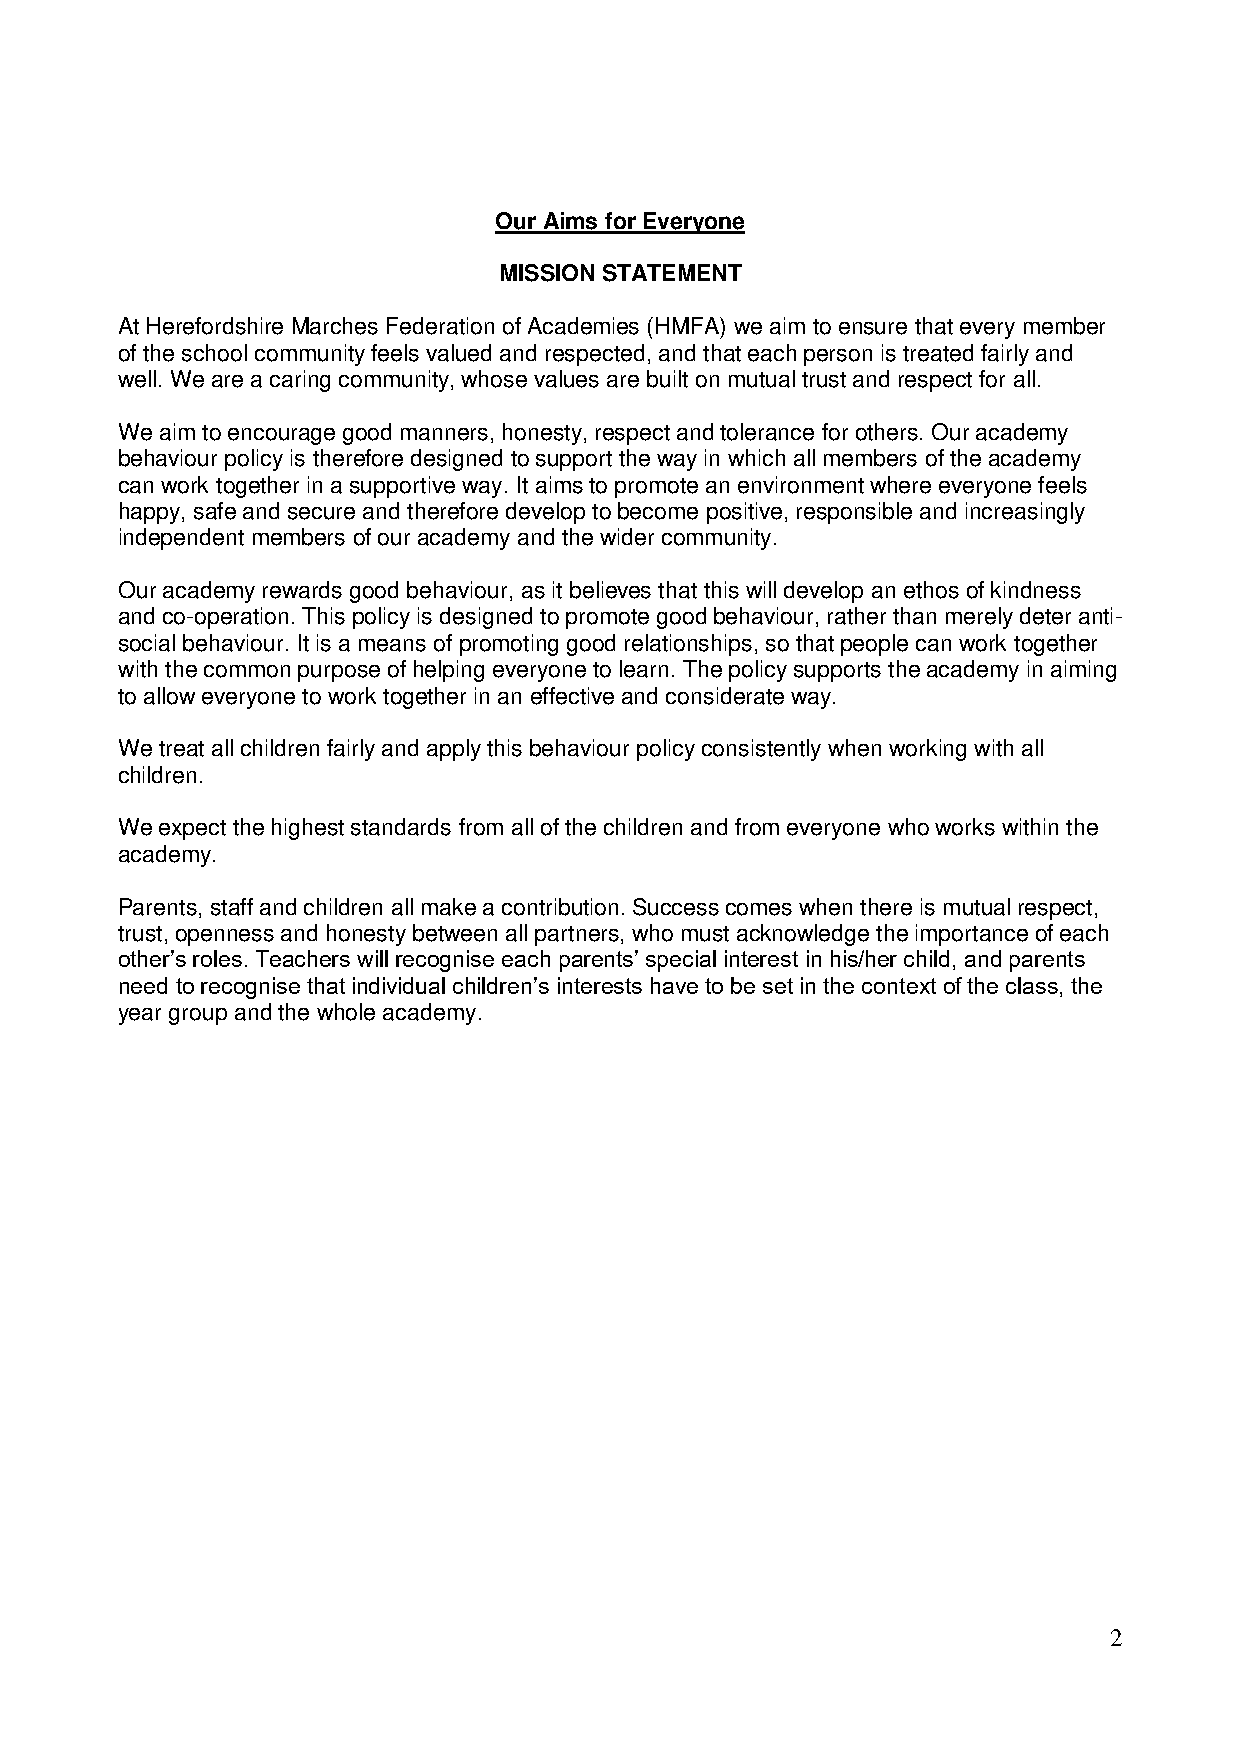
Our Aims for Everyone
 MISSION STATEMENT
 At Herefordshire Marches Federation of Academies (HMFA) we aim to ensure that every member
 of the school community feels valued and respected, and that each person is treated fairly and
 well. We are a caring community, whose values are built on mutual trust and respect for all.
 We aim to encourage good manners, honesty, respect and tolerance for others. Our academy
 behaviour policy is therefore designed to support the way in which all members of the academy
 can work together in a supportive way. It aims to promote an environment where everyone feels
 happy, safe and secure and therefore develop to become positive, responsible and increasingly
 independent members of our academy and the wider community.
 Our academy rewards good behaviour, as it believes that this will develop an ethos of kindness
 and co-operation. This policy is designed to promote good behaviour, rather than merely deter anti-
 social behaviour. It is a means of promoting good relationships, so that people can work together
 with the common purpose of helping everyone to learn. The policy supports the academy in aiming
 to allow everyone to work together in an effective and considerate way.
 We treat all children fairly and apply this behaviour policy consistently when working with all
 children.
 We expect the highest standards from all of the children and from everyone who works within the
 academy.
 Parents, staff and children all make a contribution. Success comes when there is mutual respect,
 trust, openness and honesty between all partners, who must acknowledge the importance of each
 other’s roles. Teachers will recognise each parents’ special interest in his/her child, and parents
 need to recognise that individual children’s interests have to be set in the context of the class, the
 year group and the whole academy.
 2